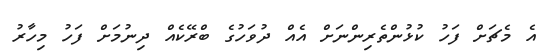
އެ މެޗަށް ފަހު ކުޅުންތެރިންނަށް އެއް ދުވަހުގެ ބްރޭކެއް ދިނުމަށް ފަހު މިހާރު